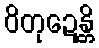
ဝိတုဍေန္တိ